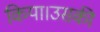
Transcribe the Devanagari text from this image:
किया।उसकी